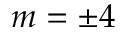
m = \pm 4